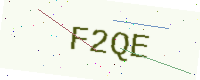
Text: F2QE